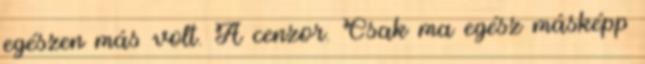
egészen más volt. A cenzor. Csak ma egész másképp